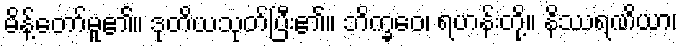
မိန့်တော်မူ၏။ ဒုတိယသုတ်ပြီး၏။ ဘိက္ခဝေ၊ ရဟန်းတို့။ နိဿရဏိယာ၊